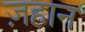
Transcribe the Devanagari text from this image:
ज़हान